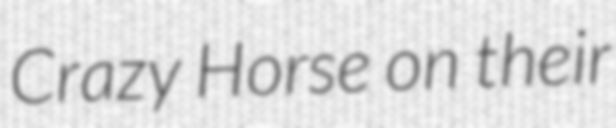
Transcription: Crazy Horse on their